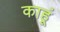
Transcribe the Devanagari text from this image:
काहूं